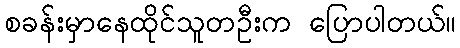
စခန်းမှာနေထိုင်သူတဦးက ပြောပါတယ်။